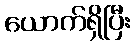
ယောက်ရှိပြီး